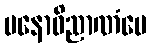
မနောဝိညာဏံပေ